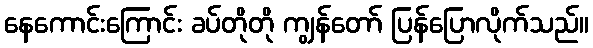
နေကောင်းကြောင်း ခပ်တိုတို ကျွန်တော် ပြန်ပြောလိုက်သည်။